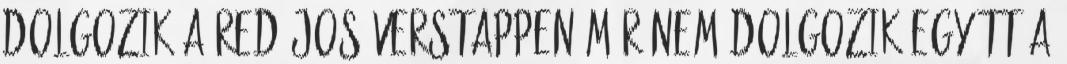
dolgozik a Red.Jos Verstappen már nem dolgozik együtt a